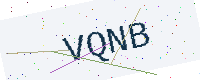
Text: VQNB